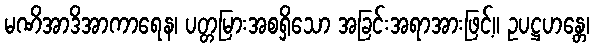
မဏိအာဒိအာကာရေန၊ ပတ္တမြားအစရှိသော အခြင်းအရာအားဖြင့်။ ဥပဋ္ဌဟန္တေ၊